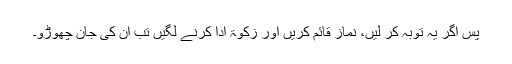
پس اگر یہ توبہ کر لیں، نماز قائم کریں اور زکوٰۃ ادا کرنے لگیں تب ان کی جان چھوڑو۔